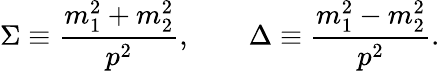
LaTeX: \Sigma\equiv\frac{m_{1}^{2}+m_{2}^{2}}{p^{2}},\qquad\Delta\equiv\frac{m_{1}^{2}-m_{2}^{2}}{p^{2}}.